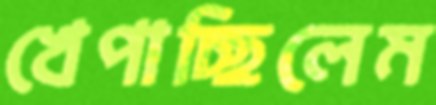
খেপাচ্ছিলেম